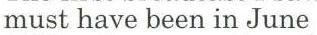
must have been in June